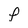
Character: P